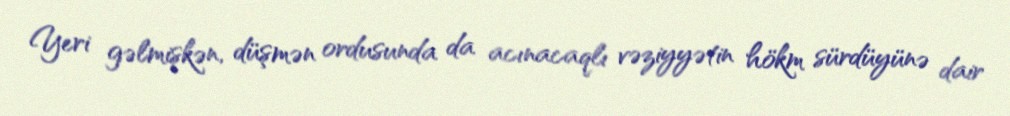
Yeri gəlmişkən, düşmən ordusunda da acınacaqlı vəziyyətin hökm sürdüyünə dair